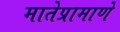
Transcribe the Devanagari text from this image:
मातेप्रामाणे